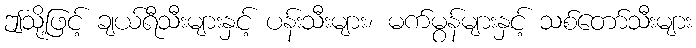
ဤသို့ဖြင့် ချယ်ရီသီးများနှင့် ပန်းသီးများ၊ မက်မွန်များနှင့် သစ်တော်သီးများ